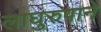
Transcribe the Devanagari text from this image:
लाघुरुपाने